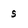
Character: s